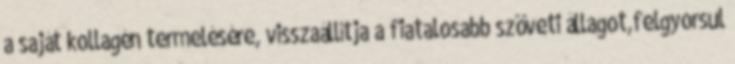
a saját kollagén termelésére, visszaállítja a fiatalosabb szöveti állagot,felgyorsul